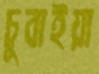
চুবাইয়া